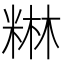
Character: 𮇥